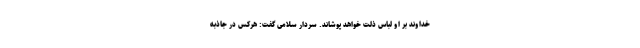
خداوند بر او لباس ذلت خواهد پوشاند. سردار سلامی گفت: هرکس در جاذبه